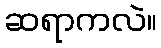
ဆရာကလဲ။